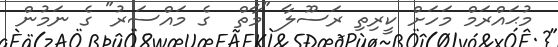
މުޙައްރަމް މަހަށް ކީރިތި ރަސޫލާ "މާތް  ގެ މައްސަރު" ގެ ނަމުން